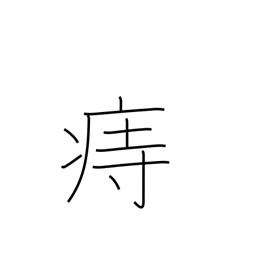
Meaning: hemorrhoids